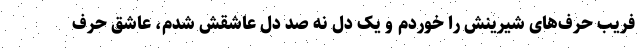
فریب حرف‌های شیرینش را خوردم و یک دل نه صد دل عاشقش شدم، عاشق حرف